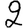
Digit: 2